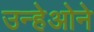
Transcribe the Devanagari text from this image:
उन्हेओने